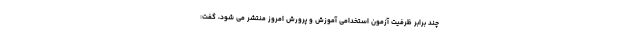
چند برابر ظرفیت آزمون استخدامی آموزش و پرورش امروز منتشر می شود، گفت: